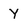
Character: Y